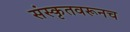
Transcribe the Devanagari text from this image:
संस्कृतवरूनच